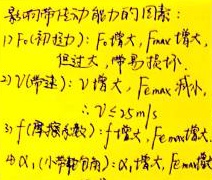
影响可带动力能力的因素：
1) \(F\)（驱动力）：\(F\)增大，\(F_{max}\)增大（但过大，易损坏）
2) \(v\)（带速）：\(v\)增大，\(F_{max}\)减小，\(v\leq25m/s\)
3) \(f\)（摩擦系数）：\(f\)增大，\(F_{max}\)增大
4) \(\alpha_1\)（小带轮包角）：\(\alpha_1\)增大，\(F_{max}\)增大